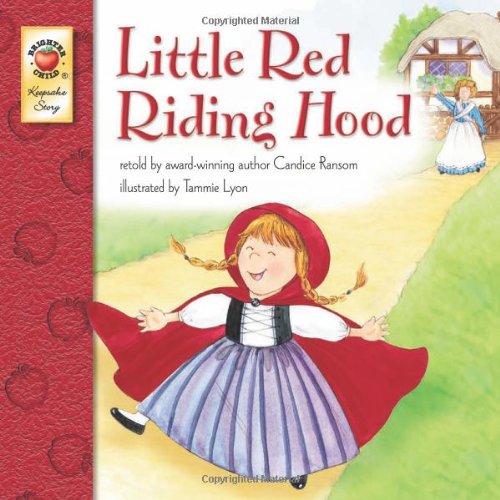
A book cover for Little Red Riding Hood; Children's Books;